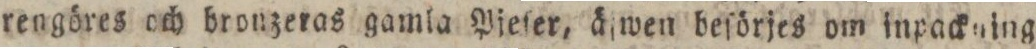
rengöres och bronzeras gamla Pjeſer, äſwen beſörjes om inpackning